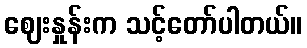
ဈေးနှုန်းက သင့်တော်ပါတယ်။